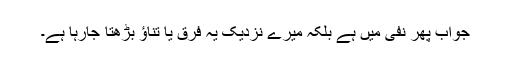
جواب پھر نفی میں ہے بلکہ میرے نزدیک یہ فرق یا تناؤ بڑھتا جارہا ہے۔